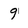
Character: 9